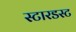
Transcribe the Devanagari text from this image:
स्‍टारडस्‍ट